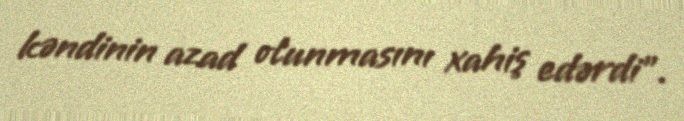
kəndinin azad olunmasını xahiş edərdi”.